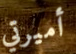
أميرتي